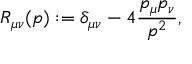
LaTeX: R _ { \mu \nu } ( p ) : = \delta _ { \mu \nu } - 4 { \frac { p _ { \mu } p _ { \nu } } { p ^ { 2 } } } ,